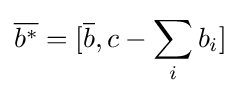
{\overline {b^{*}}}=[{\overline {b}},c-\sum _{i}b_{i}]